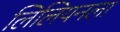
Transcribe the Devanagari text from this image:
लिलियनला